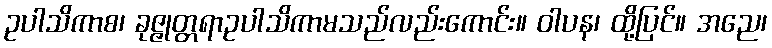
ဥပါသိကာစ၊ ခုဇ္ဇုတ္တရာဥပါသိကာမသည်လည်းကောင်း။ ဝါပန၊ ထို့ပြင်။ အညေ၊